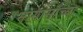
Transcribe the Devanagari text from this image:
मागासांच्या